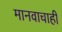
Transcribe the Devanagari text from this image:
मानवाचाही